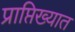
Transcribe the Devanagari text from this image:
प्राप्तिख्यात